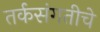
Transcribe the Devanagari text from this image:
तर्कसंगतीचे